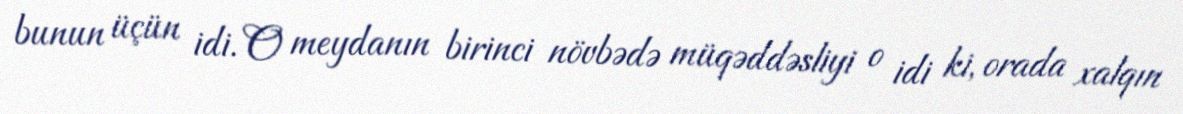
bunun üçün idi. O meydanın birinci növbədə müqəddəsliyi o idi ki, orada xalqın